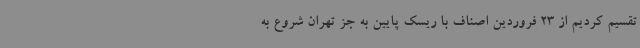
تقسیم کردیم از 23 فروردین اصناف با ریسک پایین به جز تهران شروع به